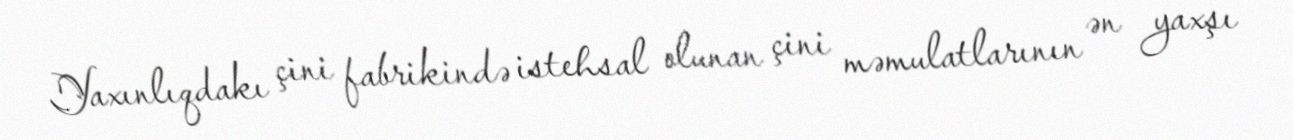
Yaxınlıqdakı çini fabrikində istehsal olunan çini məmulatlarının ən yaxşı